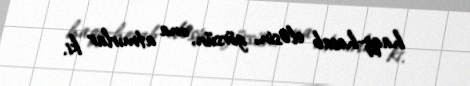
haqq-hesab eləsin, görsün, ona atmırlar ki.